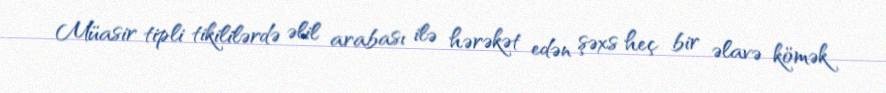
Müasir tipli tikililərdə əlil arabası ilə hərəkət edən şəxs heç bir əlavə kömək